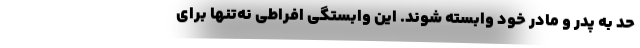
حد به پدر و مادر خود وابسته شوند. این وابستگی افراطی نه‌تنها برای